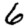
Digit: 6